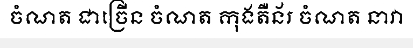
ចំណត ជាច្រើន ចំណត កុងតឺន័រ ចំណត នាវា